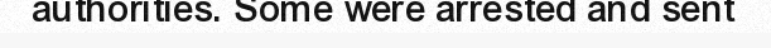
authorities. Some were arrested and sent